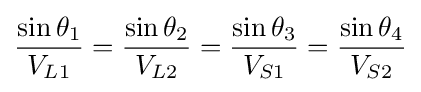
{\frac {\sin {\theta }_{1}}{{V}_{L1}}}={\frac {\sin {\theta }_{2}}{{V}_{L2}}}={\frac {\sin {\theta }_{3}}{{V}_{S1}}}={\frac {\sin {\theta }_{4}}{{V}_{S2}}}